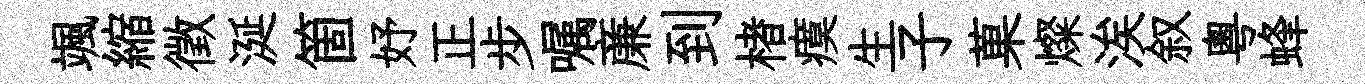
颯縮徵涎箇妤正步嘱亷到楮瘼生子菓燦涘叙粤蜂